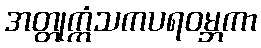
အတ္တုက္ကံသကပရဝမ္ဘကာ